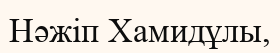
Нәжіп Хамидұлы,